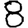
Digit: 8